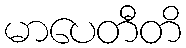
မာပေတီတိ